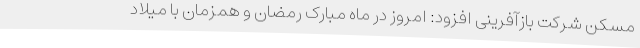
مسکن شرکت بازآفرینی افزود: امروز در ماه مبارک رمضان و همزمان با میلاد